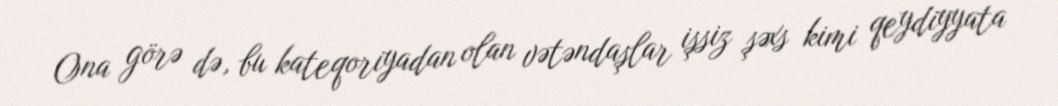
Ona görə də, bu kateqoriyadan olan vətəndaşlar işsiz şəxs kimi qeydiyyata